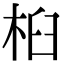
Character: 桕